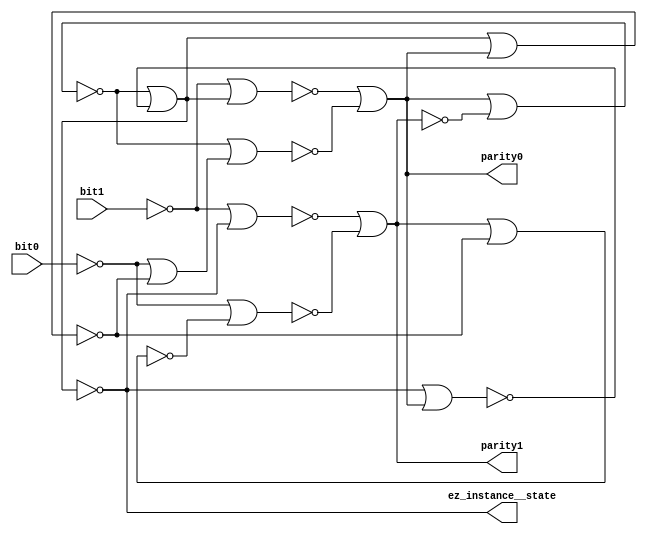
module bit1_bit0_parity1_parity0_ez_instance__state_net(bit1, bit0, parity1, parity0, ez_instance__state);
  wire _00_;
  wire _01_;
  wire _02_;
  wire _03_;
  wire _04_;
  wire _05_;
  wire _06_;
  wire _07_;
  wire _08_;
  wire _09_;
  wire _10_;
  wire _11_;
  wire _12_;
  wire _13_;
  wire _14_;
  (* src = "/Users/tramyn/Documents/workspaces/cello_workspace/yosysRun/evenzeroes.v:7" *)
  input bit0;
  (* src = "/Users/tramyn/Documents/workspaces/cello_workspace/yosysRun/evenzeroes.v:6" *)
  input bit1;
  (* src = "/Users/tramyn/Documents/workspaces/cello_workspace/yosysRun/evenzeroes.v:10" *)
  output ez_instance__state;
  (* src = "/Users/tramyn/Documents/workspaces/cello_workspace/yosysRun/evenzeroes.v:9" *)
  output parity0;
  (* src = "/Users/tramyn/Documents/workspaces/cello_workspace/yosysRun/evenzeroes.v:8" *)
  output parity1;
  assign ez_instance__state = ~(_04_ | _10_);
  assign _11_ = ~(_14_ | ez_instance__state);
  assign _12_ = ~(parity1 | _05_);
  assign _13_ = ~(_00_ | _12_);
  assign _02_ = ~(_11_ | _13_);
  assign parity1 = ~_02_;
  assign _14_ = ~bit1;
  assign _00_ = ~bit0;
  assign _01_ = ~ez_instance__state;
  assign _03_ = ~(_14_ | _01_);
  assign _04_ = ~(parity0 | _02_);
  assign _05_ = ~(_01_ | parity0);
  assign _06_ = ~(_00_ | _05_);
  assign _07_ = ~_06_;
  assign _08_ = ~(_04_ | _07_);
  assign _09_ = ~(_03_ | _08_);
  assign parity0 = ~_09_;
  assign _10_ = ~(ez_instance__state | parity0);
endmodule